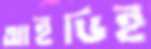
আইডিই